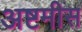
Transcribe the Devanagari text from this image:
अष्टमीस